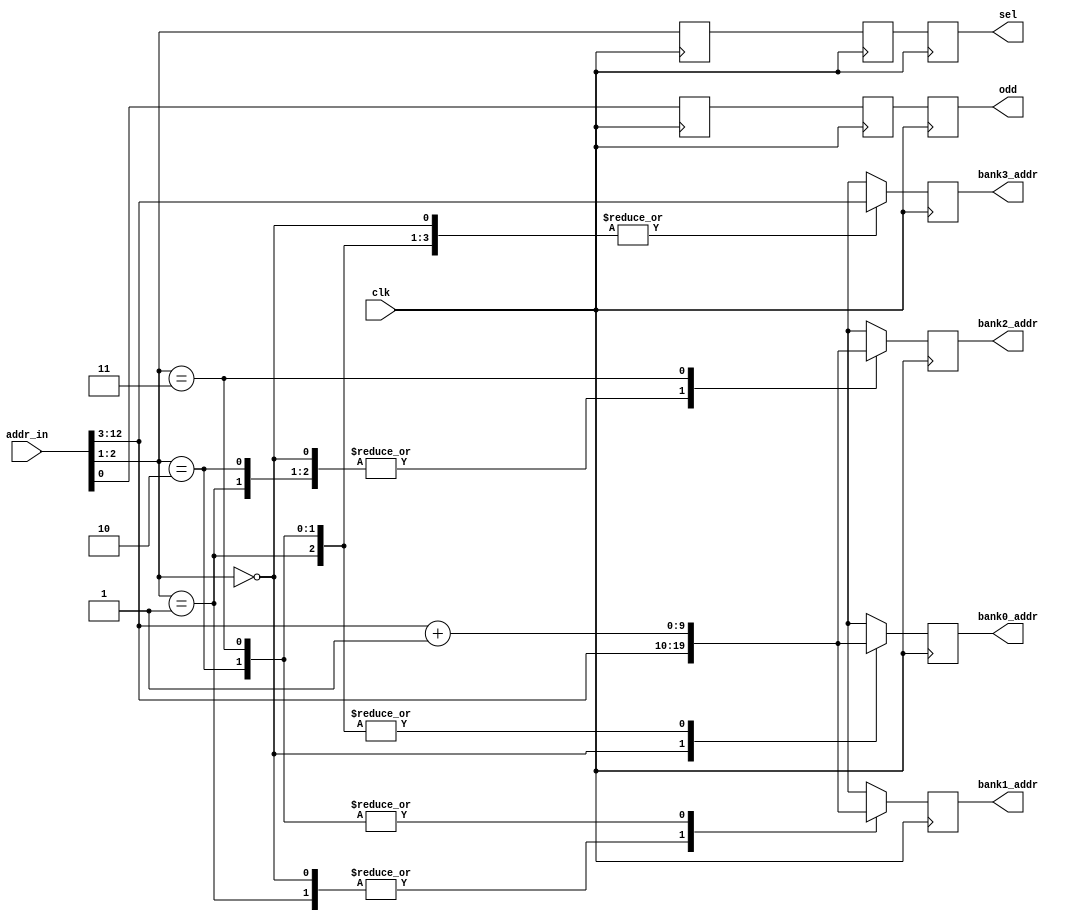
module addrdecode(
	clk,
	addr_in,
	bank0_addr,
	bank1_addr,
	bank2_addr,
	bank3_addr,
	sel,
	odd
);
input  clk;
input  [12:0]addr_in;
output [9:0]bank0_addr;
output [9:0]bank1_addr;
output [9:0]bank2_addr;
output [9:0]bank3_addr;
output [1:0]sel;
output odd;
reg [9:0] bank0_addr;
reg [9:0] bank1_addr;
reg [9:0] bank2_addr;
reg [9:0] bank3_addr;
reg [1:0] sel_dlya;
reg [1:0] sel_dlyb;
reg [1:0] sel;
reg odd_dlya;
reg odd_dlyb;
reg odd;
wire [9:0] addr = addr_in[12:3];
wire [9:0] addr_pone = addr_in[12:3] + 1;
always@(posedge clk) begin
  odd_dlya <= addr_in[0];
  sel_dlya <= addr_in[2:1];
  end
always@(posedge clk) begin
  odd_dlyb <= odd_dlya;
  sel_dlyb <= sel_dlya;
  end
always@(posedge clk) begin
  odd <= odd_dlyb;
  sel <= sel_dlyb;
  end
always@(posedge clk) begin
  case(addr_in[2:1])
    2'b00: begin
      bank0_addr <= addr;
      bank1_addr <= addr;
      bank2_addr <= addr;
      bank3_addr <= addr;
      end
    2'b01: begin
      bank0_addr <= addr_pone;
      bank1_addr <= addr;
      bank2_addr <= addr;
      bank3_addr <= addr;
      end
    2'b10: begin
      bank0_addr <= addr_pone;
      bank1_addr <= addr_pone;
      bank2_addr <= addr;
      bank3_addr <= addr;
      end
    2'b11: begin
      bank0_addr <= addr_pone;
      bank1_addr <= addr_pone;
      bank2_addr <= addr_pone;
      bank3_addr <= addr;
      end
    endcase
  end
endmodule